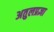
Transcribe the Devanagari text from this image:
अतुलप्रज्ञा